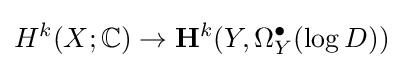
H^{k}(X;\mathbb {C} )\rightarrow \mathbf {H} ^{k}(Y,\Omega _{Y}^{\bullet }(\log D))